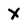
Character: X